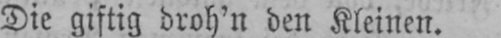
Die giftig droh’n den Kleinen.